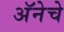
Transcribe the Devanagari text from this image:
अॅनेचे